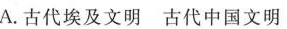
A.古代埃及文明 古代中国文明